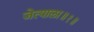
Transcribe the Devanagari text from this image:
जेत्याला॥१॥